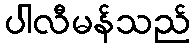
ပါလီမန်သည်